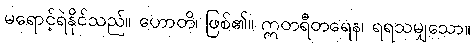
မရောင့်ရဲနိုင်သည်။ ဟောတိ၊ ဖြစ်၏။ ဣတရီတရေန၊ ရရသမျှသော။